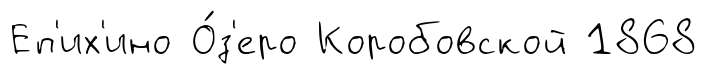
Еп'их'ино О́з'еро Коробовской 1868